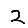
Digit: 2